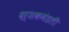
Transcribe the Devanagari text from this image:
दर्शकमंडली